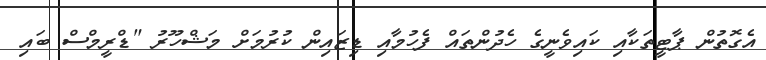
އެގޮތުން ޕާޓީތަކާއި ކައިވެނީގެ ހެދުންތައް ފެހުމާއި ޑިޒައިން ކުރުމަށް މަޝްހޫރު "ޑްރީމްސް ބައި